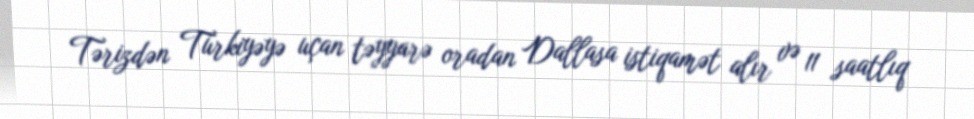
Tərizdən Türkiyəyə uçan təyyarə oradan Dallasa istiqamət alır və 11 saatlıq